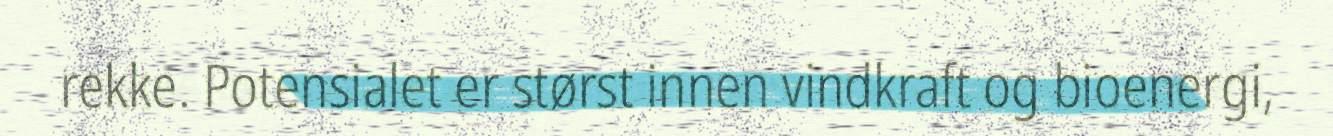
rekke. Potensialet er størst innen vindkraft og bioenergi,